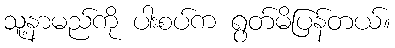
သူ့နာမည်ကို ပါးစပ်က ရွတ်မိပြန်တယ်။